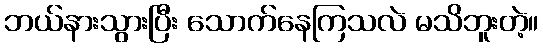
ဘယ်နားသွားပြီး သောက်နေကြသလဲ မသိဘူးတဲ့။